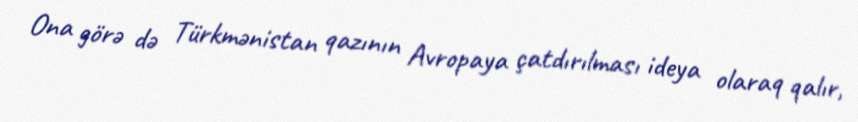
Ona görə də Türkmənistan qazının Avropaya çatdırılması ideya olaraq qalır,